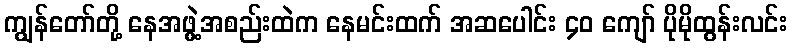
ကျွန်တော်တို့ နေအဖွဲ့အစည်းထဲက နေမင်းထက် အဆပေါင်း ၄၀ ကျော် ပိုမိုထွန်းလင်း